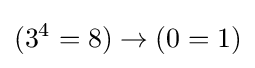
(3^{4}=8)\to (0=1)